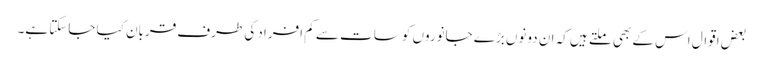
بعض اقوال اس کے بھی ملتے ہیں کہ ان دونوں بڑے جانوروں کو سات سے کم افراد کی طرف قربان کیا جاسکتا ہے۔